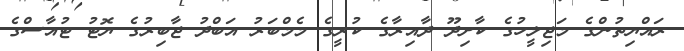
ރައްޔިތުންގެ މަޖިލީހުގެ ކާށިދޫ ދާއިރާގެ ކުރީގެ މެމްބަރު އަބްދު ޖާބިރުގެ ޔޮޓު ޓުއާސްގެ